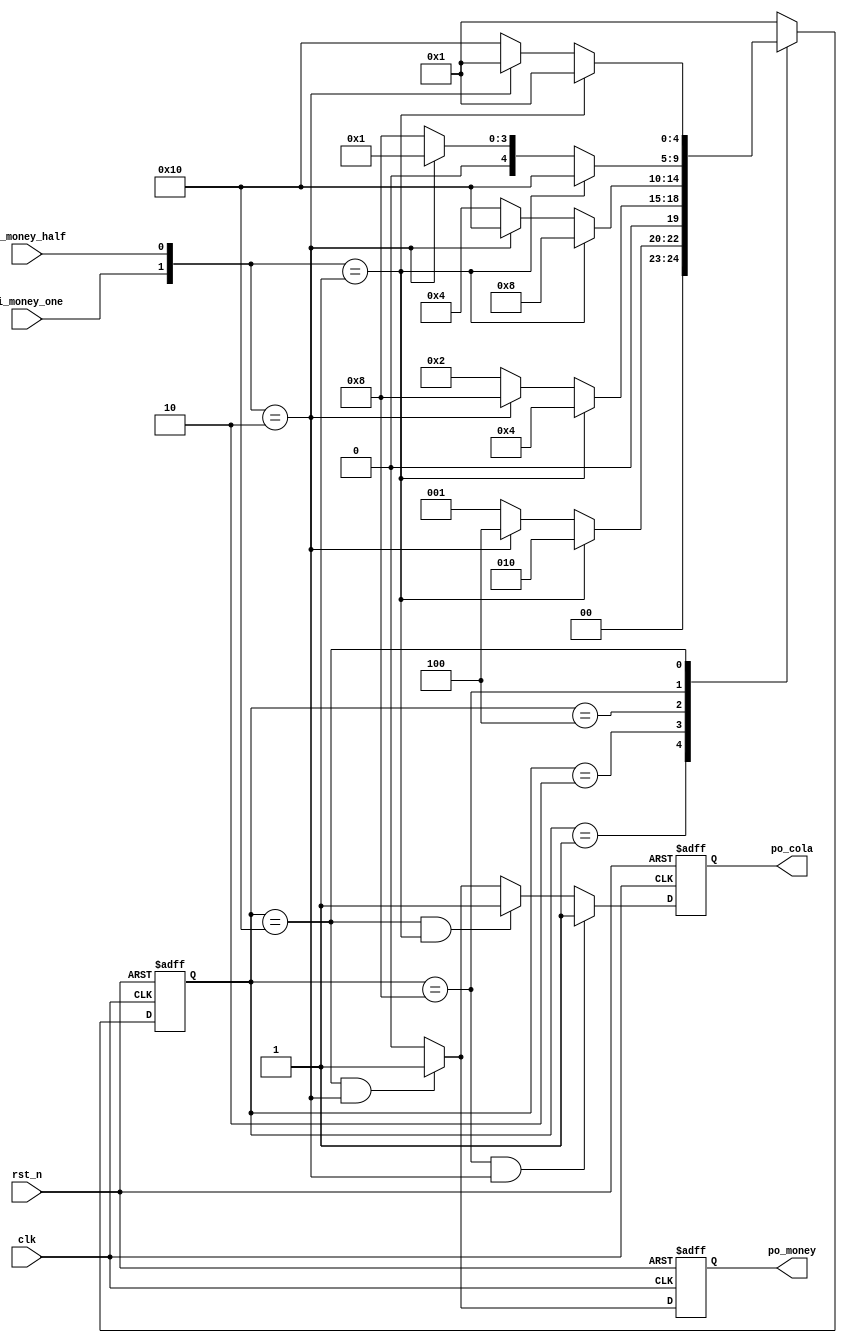
module complex_fsm (
    clk             ,
    rst_n           ,
    pi_money_half   ,
    pi_money_one    ,
    po_cola         ,
    po_money 
);

input       clk             ;
input       rst_n           ;
input       pi_money_half   ;
input       pi_money_one    ;
output      po_cola         ;
output      po_money        ;

wire        clk             ;
wire        rst_n           ;
wire        pi_money_half   ;
wire        pi_money_one    ;
reg         po_cola         ;
reg         po_money        ;
//pi_moneypi_moneyassign
reg [4:0]   state           ;
// reg [1:0]   pi_money        ;
wire [1:0]  pi_money        ;

//statepi_money
parameter   IDLE     = 5'b00001    ,
            HALF     = 5'b00010    ,
            ONE      = 5'b00100    ,
            ONE_HALF = 5'b01000    ,
            TWO      = 5'b10000    ;

//pi_money 15
// always @(posedge clk or negedge rst_n) begin
//     if(!rst_n)
//         pi_money <= 0;
//     else    if(pi_money_half == 1)
//         pi_money <= 2'b01;
//     else    if(pi_money_one  == 1)
//         pi_money <= 2'b10;
//     else
//         pi_money <= 0;
// end

//
always @(posedge clk or negedge rst_n) begin
    if(!rst_n) begin
        state     <=      IDLE;
    end
    else  begin
        case(state)
            IDLE:if(pi_money == 2'b01)
                    state   <=  HALF    ;
                 else   if(pi_money == 2'b10)
                    state   <=  ONE     ;
                 else
                    state   <=  IDLE    ;    
            HALF:if(pi_money == 2'b01)
                    state   <=  ONE ;
                else    if(pi_money == 2'b10)
                    state   <=  ONE_HALF ;
                else
                    state   <=  HALF;
            ONE:if(pi_money == 2'b01)
                    state   <=  ONE_HALF ;
                else    if(pi_money == 2'b10)
                    state   <=  TWO ;
                else
                    state   <=  ONE;
            ONE_HALF:if(pi_money == 2'b01)
                    state   <=  TWO ;
                else    if(pi_money == 2'b10)
                    state   <=  IDLE ;
                else
                    state   <=  ONE_HALF;
            TWO:if(pi_money == 2'b01)
                    state   <=  IDLE ;
                else    if(pi_money == 2'b10)
                    state   <=  IDLE ;
                else
                    state   <=  TWO;
            default:state   <=  IDLE;
        endcase
    end
end


//pi_money
always @(posedge clk or negedge rst_n) begin
    if(!rst_n)
        po_money <= 0;
    //
    else    if(state == TWO      && pi_money == 2'b10)
        po_money <= 1;
    else
        po_money <= 0;
end

//pi_money
always @(posedge clk or negedge rst_n) begin
    if(!rst_n)
        po_cola <= 0;
    else    if(state == ONE_HALF && pi_money == 2'b10)
        po_cola <= 1;
    else    if(state == TWO      && pi_money == 2'b01)
        po_cola <= 1;
    //
    else    if(state == TWO      && pi_money == 2'b10)
        po_cola <= 1;
    else
        po_cola <= 0;
end

//pi_money
assign pi_money = {pi_money_one,pi_money_half};

endmodule //complex_fsm